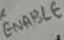
Text: ENABLE